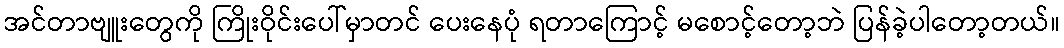
အင်တာဗျူးတွေကို ကြိုးဝိုင်းပေါ်မှာတင် ပေးနေပုံ ရတာကြောင့် မစောင့်တော့ဘဲ ပြန်ခဲ့ပါတော့တယ်။